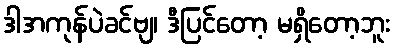
ဒါအကုန်ပဲခင်ဗျ၊ ဒီပြင်တော့ မရှိတော့ဘူး